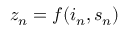
z _ { n } = f ( i _ { n } , s _ { n } )